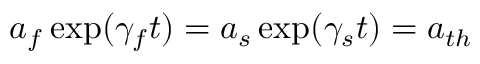
a _ { f } \exp ( \gamma _ { f } t ) = a _ { s } \exp ( \gamma _ { s } t ) = a _ { t h }